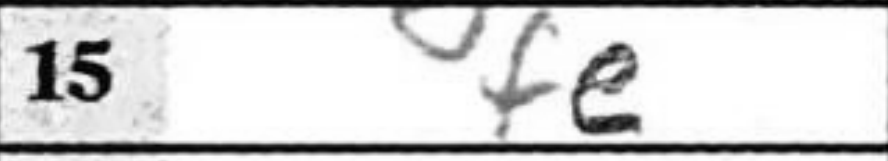
Transcription: fe